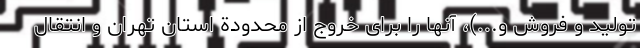
تولید و فروش و...)، آنها را برای خروج از محدودة استان تهران و انتقال